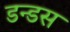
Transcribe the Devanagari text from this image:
डन्डस